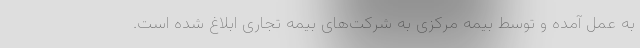
به عمل آمده و توسط بیمه مرکزی به شرکت‌های بیمه تجاری ابلاغ شده است.